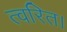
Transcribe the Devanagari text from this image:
त्वरित।